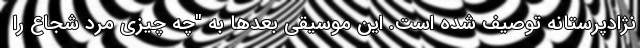
نژادپرستانه توصیف شده است. این موسیقی بعدها به "چه چیزی مرد شجاع را